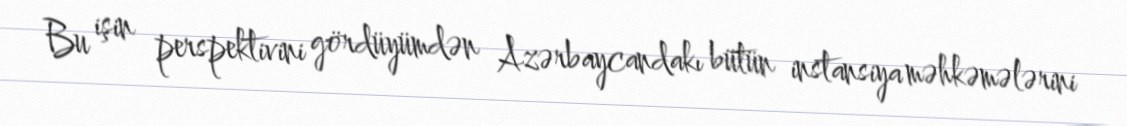
Bu işin perspektivini gördüyümdən Azərbaycandakı bütün instansiya məhkəmələrini